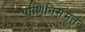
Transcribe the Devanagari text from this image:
पाणिनिसंमत